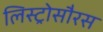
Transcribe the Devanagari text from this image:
लिस्ट्रोसौरस